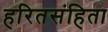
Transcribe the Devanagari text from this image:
हरितसंहिता